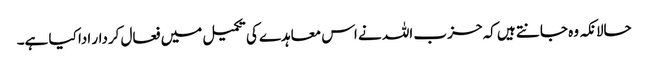
حالانکہ وہ جانتے ہیں کہ حزب اللہ نے اس معاہدے کی تکمیل میں فعال کردار ادا کیا ہے۔